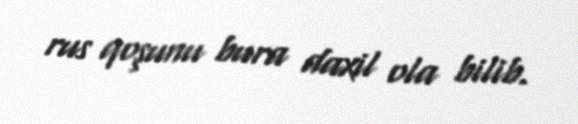
rus qoşunu bura daxil ola bilib.